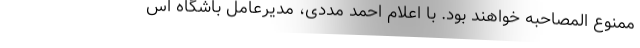
ممنوع المصاحبه خواهند بود. با اعلام احمد مددی، مدیرعامل باشگاه اس